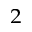
_ 2